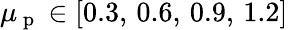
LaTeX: \mu_{\mathrm{~p~}}\in[0.3,\, 0.6,\, 0.9,\, 1.2]